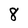
Character: 8